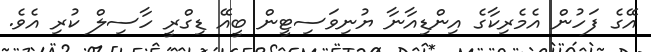
އޭގެ ފަހުން އެމެރިކާގެ އިންޑިއާނާ ޔުނިވަސިޓީން ބީއޭ ޑިގްރީ ހާސިލް ކުރި އެވެ.